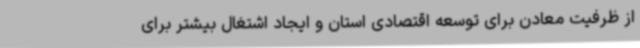
از ظرفیت معادن برای توسعه اقتصادی استان و ایجاد اشتغال بیشتر برای